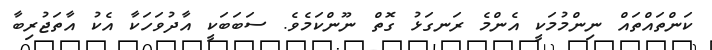
ކަންތައްތައް ނިންމުމަކީ އެންމެ ރަނގަޅު ގޮތް ނޫންކަމެވެ. ސަބަބަކީ އާދުވަހަކާ އެކު އާތަޖުރިބާ